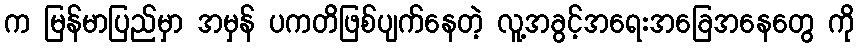
က မြန်မာပြည်မှာ အမှန် ပကတိဖြစ်ပျက်နေတဲ့ လူ့အခွင့်အရေးအခြေအနေတွေ ကို